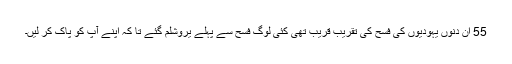
55 ان دنوں یہودیوں کی فسح کی تقریب قریب تھی کئی لوگ فسح سے پہلے یروشلم گئے تا کہ اپنے آپ کو پاک کر لیں۔